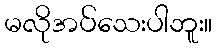
မလိုအပ်သေးပါဘူး။